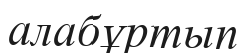
алабұртып